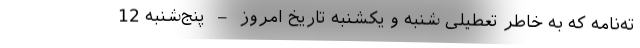
ته‌نامه که به خاطر تعطیلی شنبه و یکشنبه تاریخ امروز – پنج‌شنبه 12